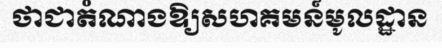
ថាជាតំណាងឱ្យសហគមន៍មូលដ្ឋាន